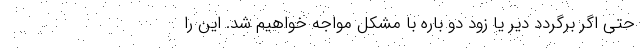
حتی اگر برگردد دیر یا زود دو باره با مشکل مواجه خواهیم شد. این را